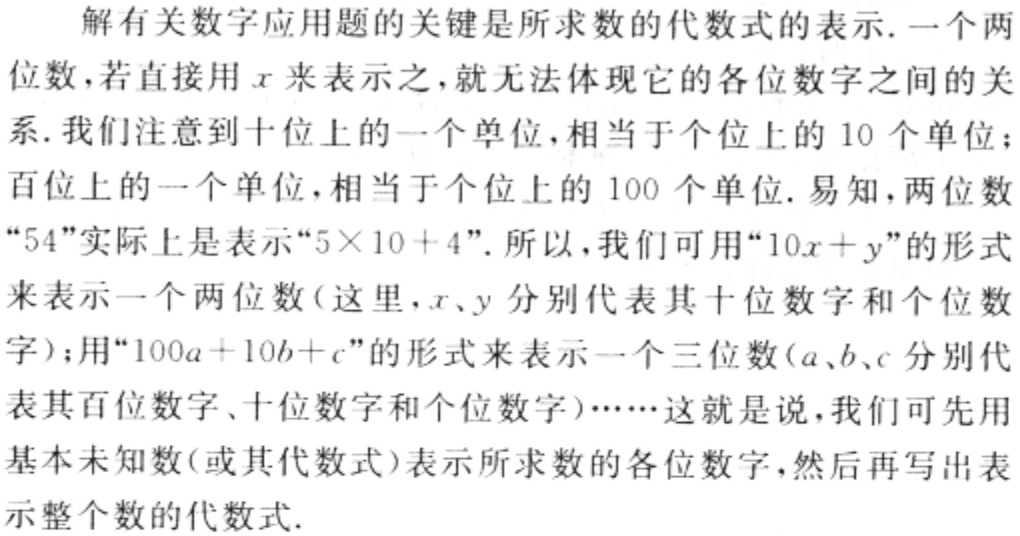
解有关数字应用题的关键是所求数的代数式的表示. 一个两位数，若直接用\(x\)来表示之，就无法体现它的各位数字之间的关系. 我们注意到十位上的一个单位，相当于个位上的 \(10\) 个单位；百位上的一个单位，相当于个位上的 \(100\) 个单位. 易知，两位数“\(54\)”实际上是表示“\(5\times 10 + 4\)”. 所以，我们可用“\(10x + y\)”的形式来表示一个两位数（这里，\(x、y\) 分别代表其十位数字和个位数字）；用“\(100a + 10b + c\)”的形式来表示一个三位数（\(a、b、c\) 分别代表其百位数字、十位数字和个位数字）……这就是说，我们可先用基本未知数（或其代数式）表示所求数的各位数字，然后再写出表示整个数的代数式.